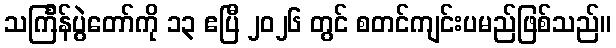
သင်္ကြန်ပွဲတော်ကို ၁၃ ဧပြီ ၂၀၂၆ တွင် စတင်ကျင်းပမည်ဖြစ်သည်။